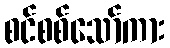
စင်စစ်သော်ကား